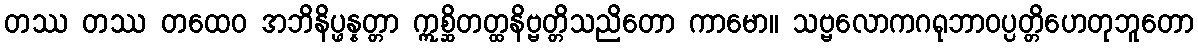
တဿ တဿ တထေဝ အဘိနိပ္ဖန္နတ္တာ ဣစ္ဆိတတ္ထနိဗ္ဗတ္တိသညိတော ကာမော။ သဗ္ဗလောကဂရုဘာဝပ္ပတ္တိဟေတုဘူတော